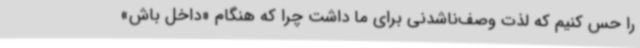
را حس کنیم که لذت وصف‌ناشدنی برای ما داشت چرا که هنگام «داخل باش»